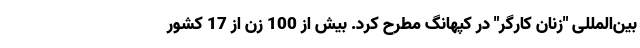
بین‌المللی "زنان کارگر" در کپهانگ مطرح کرد. بیش از 100 زن از 17 کشور